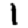
Digit: 1